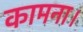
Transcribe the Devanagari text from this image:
कामना।